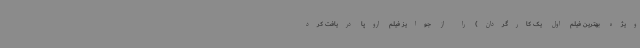
ویژه بهترین فیلم اول یک کارگردان) را از جوایز فیلم اروپا دریافت کرد